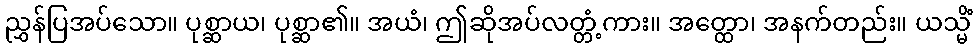
ညွှန်ပြအပ်သော။ ပုစ္ဆာယ၊ ပုစ္ဆာ၏။ အယံ၊ ဤဆိုအပ်လတ္တံ့ကား။ အတ္ထော၊ အနက်တည်း။ ယသ္မိံ